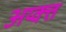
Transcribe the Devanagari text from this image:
अय्क्त्त